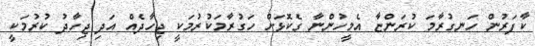
ކާފަރުންް ހަނގުރާމަ ކުރަންޏާ އެމީހުންނާ ގެކޮޅަށް ހަގުރާމަކުރުމަކީ ޖިހާދެއް އަދި ޖިހާދު ކުރުމަކީ